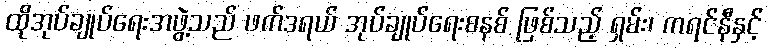
ထိုအုပ်ချုပ်ရေးအဖွဲ့သည် ဖက်ဒရယ် အုပ်ချုပ်ရေးစနစ် ဖြစ်သည့် ရှမ်း၊ ကရင်နီနှင့်